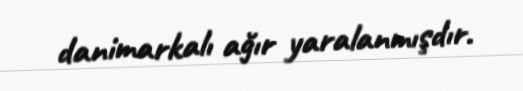
danimarkalı ağır yaralanmışdır.